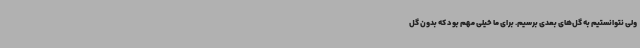
ولی نتوانستیم به گل‌های بعدی برسیم. برای ما خیلی مهم بود که بدون گل